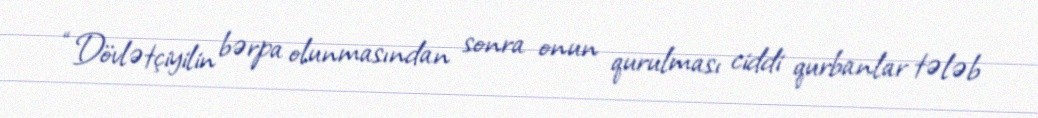
“Dövlətçiyilin bərpa olunmasından sonra onun qurulması ciddi qurbanlar tələb